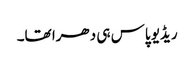
ریڈیو پاس ہی دھرا تھا۔